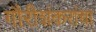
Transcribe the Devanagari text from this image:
गौरीशंकरांचा